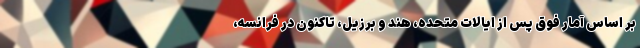
بر اساس آمار فوق پس از ایالات متحده، هند و برزیل، تاکنون در فرانسه،